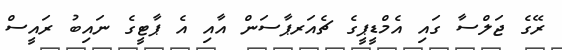
ރޭގެ ޖަލްސާ ގައި އެމްޑީޕީގެ ޗެއަރޕާސަން އާއި އެ ޕާޓީގެ ނައިބު ރައީސް